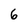
Character: 6